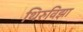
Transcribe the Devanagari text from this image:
थिरुविझा